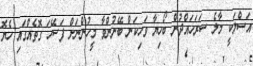
އަސްލަކީ މާލެ ސަރަހައްދުން ބޯހިޔާ ވަހިކަން ބޭނުންވާ މީހުންނަށް ފަސޭހަ ގޮތެއްގައި ހެޔޮ